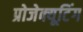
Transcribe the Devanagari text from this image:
प्रोजेक्यूटिंग